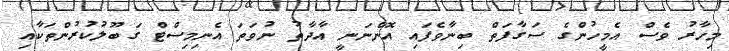
މިހާރު ވެސް އެމީހުންގެ ސަގާފަތް ބިނާވެފައި އޮންނަނީ އާދާތު ނުވަތަ އެނިމިސްޓް ގަބޫލުކުރުންތަކާއި